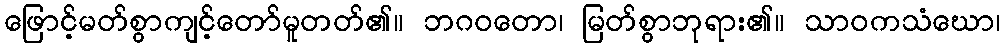
ဖြောင့်မတ်စွာကျင့်တော်မူတတ်၏။ ဘဂဝတော၊ မြတ်စွာဘုရား၏။ သာဝကသံဃော၊